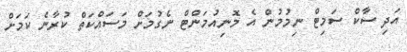
އަދި ސާކް ސަމިޓް ނިމުމުން އެ މޮނިއުމަންޓް ނެގުމަށް މަސައްކަތް ކުރާނެ ކަމަށް